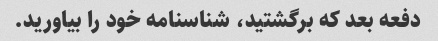
دفعه بعد که برگشتید، شناسنامه خود را بیاورید.